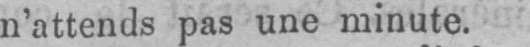
n’attends pas une minute.